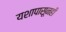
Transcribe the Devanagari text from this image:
यशापासूनही